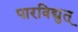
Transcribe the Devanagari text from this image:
पारविद्युत्